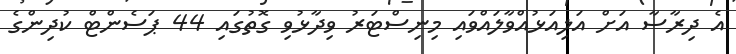
އެ ދިރާސާ އަށް އަލިއަޅުއްވާލައްވައި މިނިސްޓަރު ވިދާޅުވި ގޮތުގައި 44 ޕަސެންޓް ކުދިންގެ